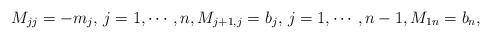
LaTeX: \begin{align*}M_{jj}=-m_j, \, j=1, \cdots, n, M_{j+1,j}=b_j, \, j=1, \cdots , n-1, M_{1n}=b_n,\end{align*}